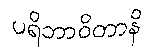
ပရိဘာဝိတာနိ